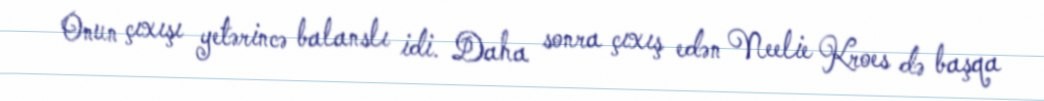
Onun çıxışı yetərincə balanslı idi. Daha sonra çıxış edən Neelie Kroes də başqa